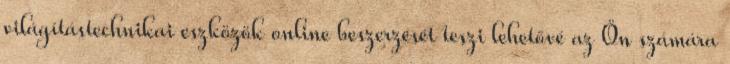
világítástechnikai eszközök online beszerzését teszi lehetővé az Ön számára